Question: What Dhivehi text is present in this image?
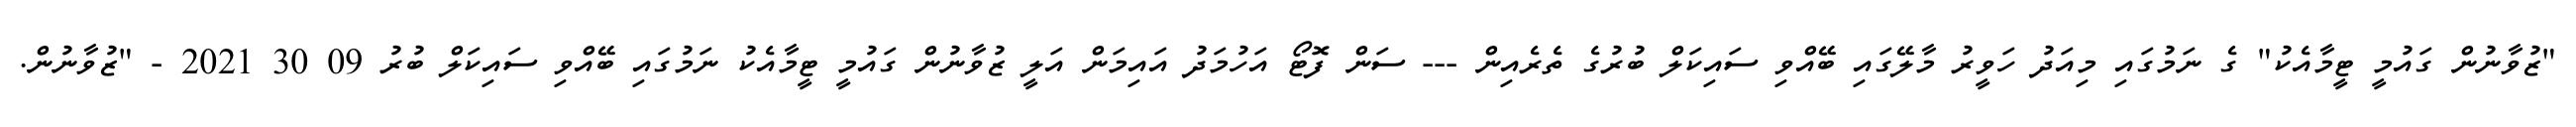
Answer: "ޒުވާނުން ގައުމީ ޓީމާއެކު" ގެ ނަމުގައި މިއަދު ހަވީރު މާލޭގައި ބޭއްވި ސައިކަލް ބުރުގެ ތެރެއިން --- ސަން ފޮޓޯ އަހުމަދު އައިމަން އަލީ ޒުވާނުން ގައުމީ ޓީމާއެކު ނަމުގައި ބޭއްވި ސައިކަލް ބުރު 09 30 2021 - "ޒުވާނުން.